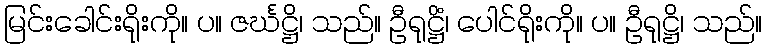
မြင်းခေါင်းရိုးကို။ ပ။ ဇင်္ဃဋ္ဌိ၊ သည်။ ဦရုဋ္ဌိံ၊ ပေါင်ရိုးကို။ ပ။ ဦရုဋ္ဌိ၊ သည်။